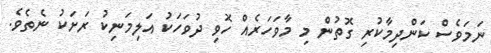
ނަމަވެސް ކަންދިމާކުރި ގޮތުން މި މާވަހަރެއް ހޮވި ދުވަހަކު އަލިމަނިކު ރަށަކު ނެތެވެ.